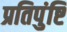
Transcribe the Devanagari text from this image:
प्रतिपुंष्टि